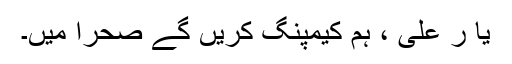
یا ر علی ، ہم کیمپنگ کریں گے صحرا میں۔